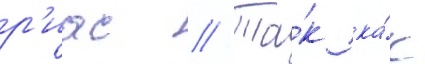
р'иас // Та́к ка́к